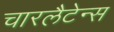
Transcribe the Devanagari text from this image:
चारलैटेन्स